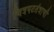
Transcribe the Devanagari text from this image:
चित्रपटतंत्राची